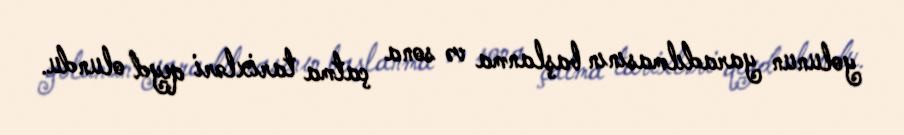
yolunun yaradılmasının başlanma və sona çatma tarixləri qeyd olundu.